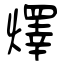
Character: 燡